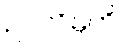
ဥပလိမ္ပတိ